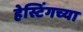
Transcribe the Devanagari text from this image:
हेस्टिंगच्या